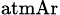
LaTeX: _\mathrm{atmAr}